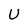
Character: U